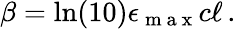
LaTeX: \beta=\ln(10)\epsilon_{\mathrm{~m~a~x~}}c\ell\, .